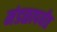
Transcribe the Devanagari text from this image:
मंडळापर्यंत